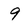
Character: 9